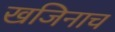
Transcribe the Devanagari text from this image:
खजिनाच